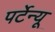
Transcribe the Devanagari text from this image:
पर्टेन्यू